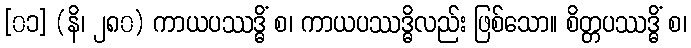
[၀၁] (နိ၊ ၂၈၀) ကာယပဿဒ္ဓိံ စ၊ ကာယပဿဒ္ဓိလည်း ဖြစ်သော။ စိတ္တပဿဒ္ဓိံ စ၊